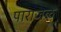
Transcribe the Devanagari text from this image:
पाराजळ